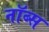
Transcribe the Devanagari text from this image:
नॉब्स